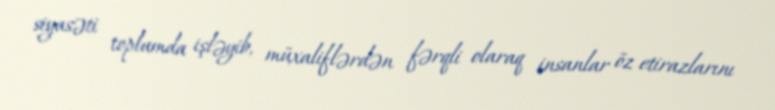
siyasəti toplumda işləyib, müxaliflərdən fərqli olaraq insanlar öz etirazlarını